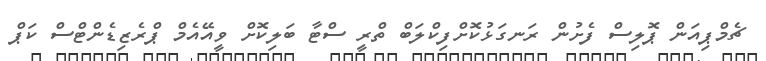
ޗެމްޕިއަން ޕޮލިސް ފެށުން ރަނގަޅުކޮށްފިކްލަބް ތްރީ ސްޓާ ބަލިކޮށް ވީއޭއެމް ޕްރެޒިޑެންޓްސް ކަޕް